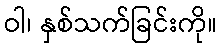
ဝါ၊ နှစ်သက်ခြင်းကို။